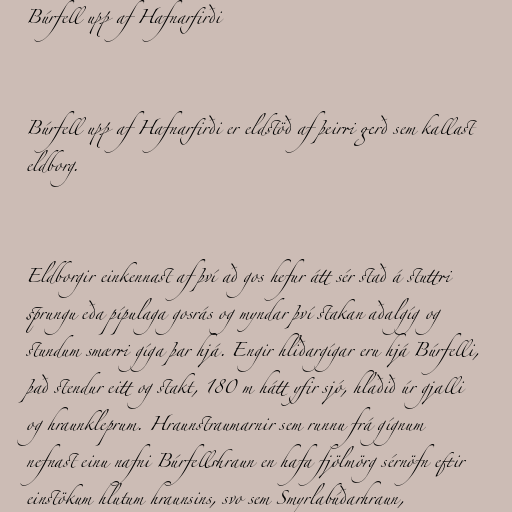
Búrfell upp af Hafnarfirði

Búrfell upp af Hafnarfirði er eldstöð af þeirri gerð sem kallast
eldborg.

Eldborgir einkennast af því að gos hefur átt sér stað á stuttri
sprungu eða pípulaga gosrás og myndar því stakan aðalgíg og
stundum smærri gíga þar hjá. Engir hliðargígar eru hjá Búrfelli,
það stendur eitt og stakt, 180 m hátt yfir sjó, hlaðið úr gjalli
og hraunkleprum. Hraunstraumarnir sem runnu frá gígnum
nefnast einu nafni Búrfellshraun en hafa fjölmörg sérnöfn eftir
einstökum hlutum hraunsins, svo sem Smyrlabúðarhraun,